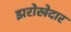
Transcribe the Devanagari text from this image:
झरोखेदार